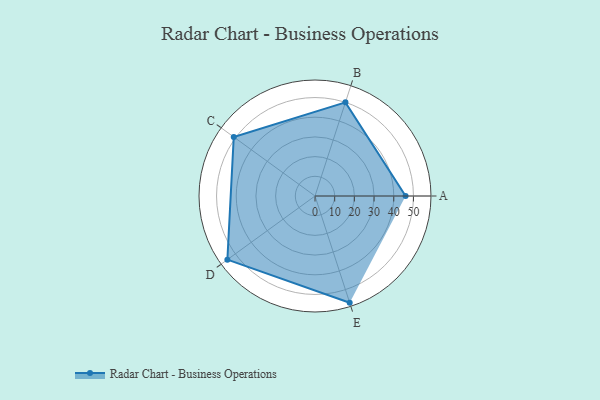
{"axis": {"x": "Skill", "y": "Score"}, "legend": ["Profile"], "data": [{"x": "A", "y": 46.0, "type": "Profile"}, {"x": "B", "y": 50.0, "type": "Profile"}, {"x": "C", "y": 51.0, "type": "Profile"}, {"x": "D", "y": 55.0, "type": "Profile"}, {"x": "E", "y": 57.0, "type": "Profile"}]}